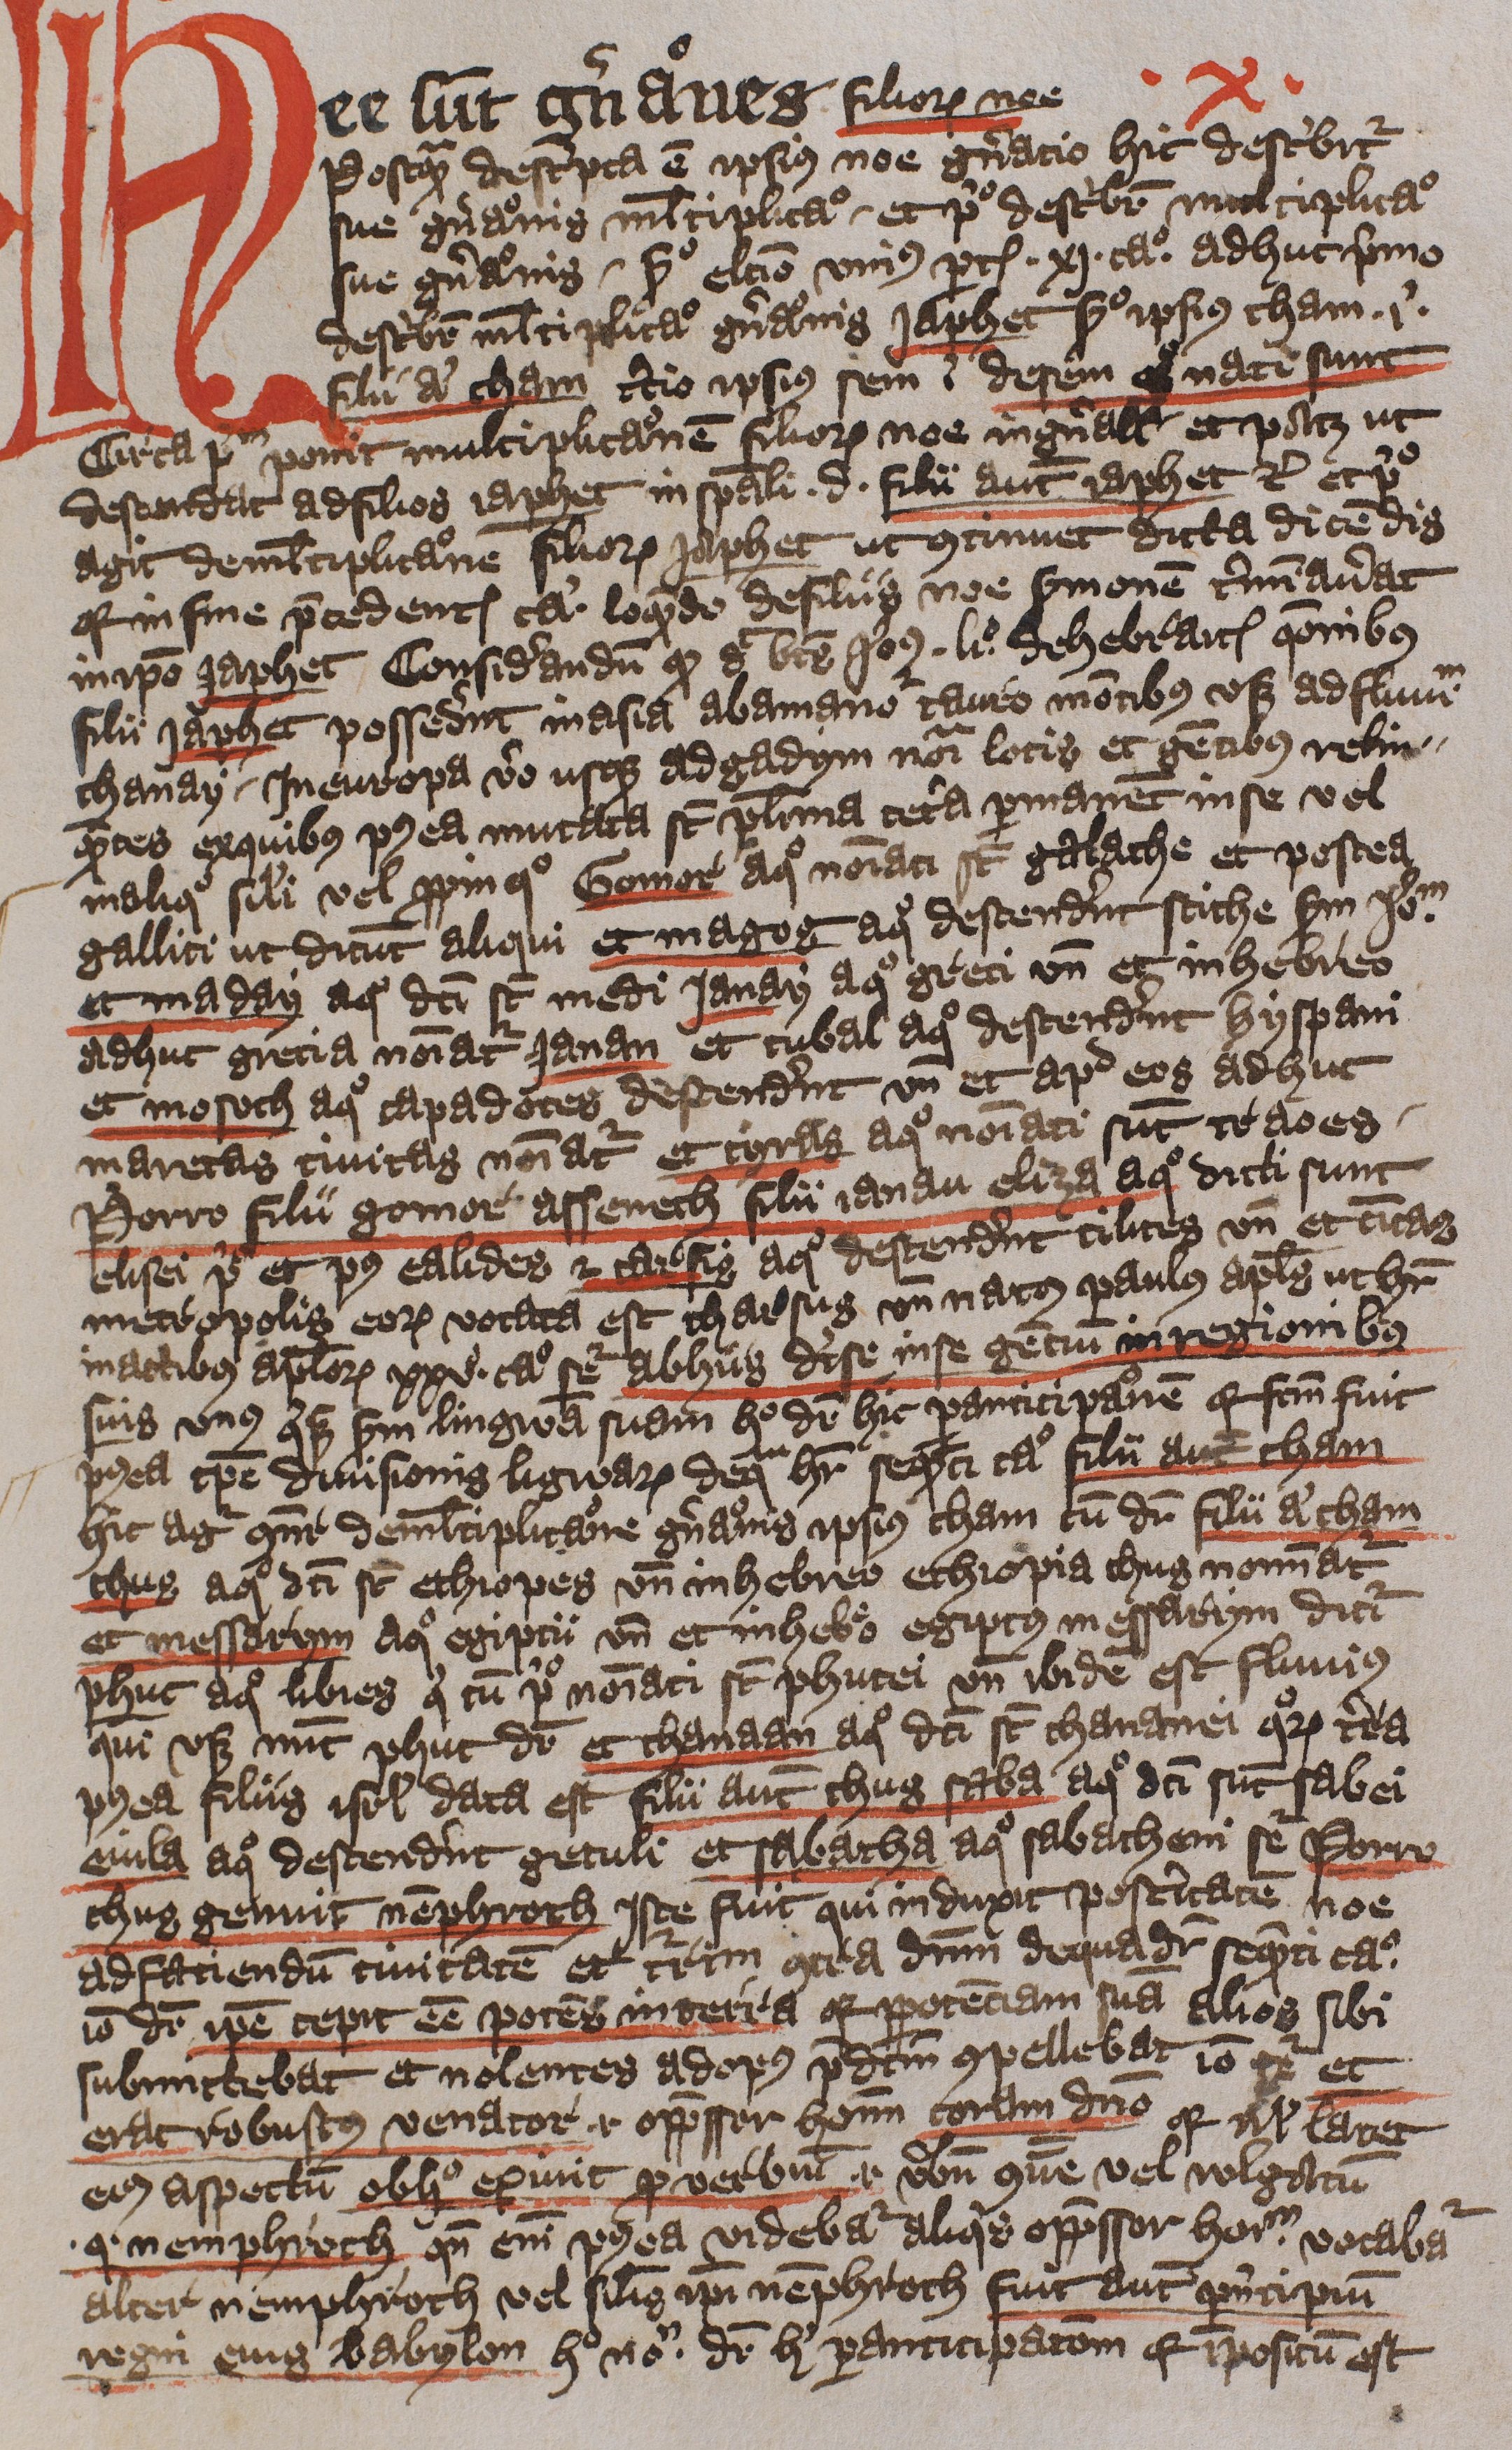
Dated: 1396–1396